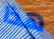
هذا